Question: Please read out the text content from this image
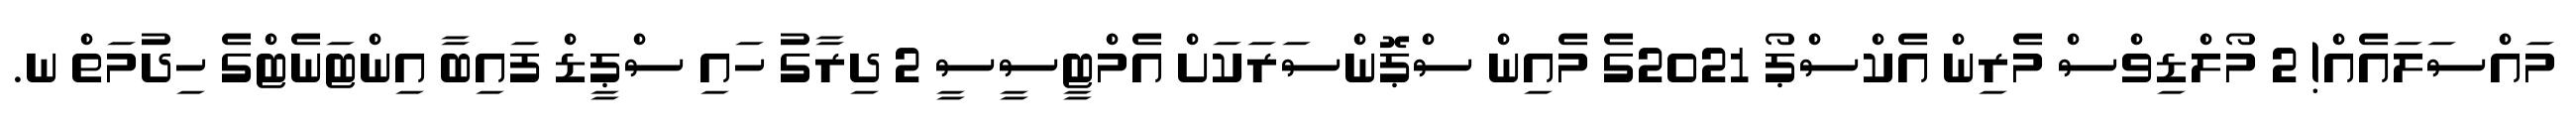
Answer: މައްސަލައެއް! 2 މޯލްޑިވްސް މެރިން އެކްސްޕޯ 2021ގެ މެއިން ސްޕޮންސަރަކަށް އެމްޓީސީސީ 2 ދިރާގު ހައި ސްޕީޑް ފައިބާ އިންޓަނެޓްގެ ހިދުމަތް ނ.